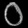
Digit: ၀